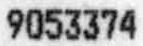
9053374